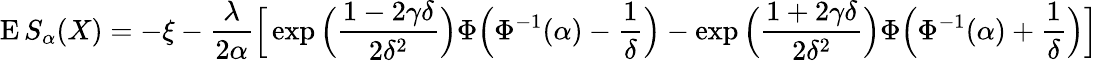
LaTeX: \operatorname{E}S_{\alpha}(X)=-\xi-{\frac{\lambda}{2\alpha}}{\Big[}\exp{\Big(}{\frac{1-2\gamma\delta}{2\delta^{2}}}{\Big)}\Phi{\Big(}\Phi^{-1}(\alpha)-{\frac{1}{\delta}}{\Big)}-\exp{\Big(}{\frac{1+2\gamma\delta}{2\delta^{2}}}{\Big)}\Phi{\Big(}\Phi^{-1}(\alpha)+{\frac{1}{\delta}}{\Big)}{\Big]}